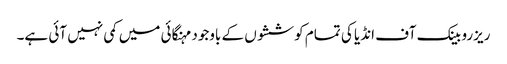
ریزرو بینک آف انڈیا کی تمام کوششوں کے باوجود مہنگائی میں کمی نہیں آئی ہے۔